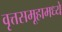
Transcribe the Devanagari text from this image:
वृत्तसमूहामध्ये